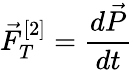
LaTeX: \vec{F}_{T}^{[2]}=\frac{d\vec{P}}{dt}